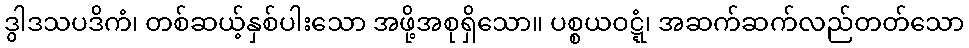
ဒွါဒသပဒိကံ၊ တစ်ဆယ့်နှစ်ပါးသော အဖို့အစုရှိသော။ ပစ္စယဝဋ္ဋံ၊ အဆက်ဆက်လည်တတ်သော